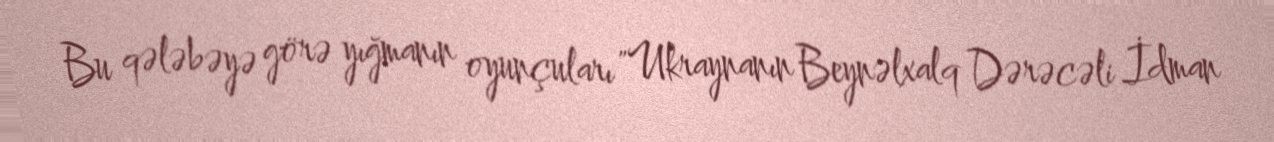
Bu qələbəyə görə yığmanın oyunçuları "Ukraynanın Beynəlxalq Dərəcəli İdman